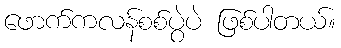
ဖောက်ကလန်စစ်ပွဲပဲ ဖြစ်ပါတယ်။